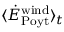
\langle \dot { E } _ { \mathrm { P o y t } } ^ { \mathrm { w i n d } } \rangle _ { t }